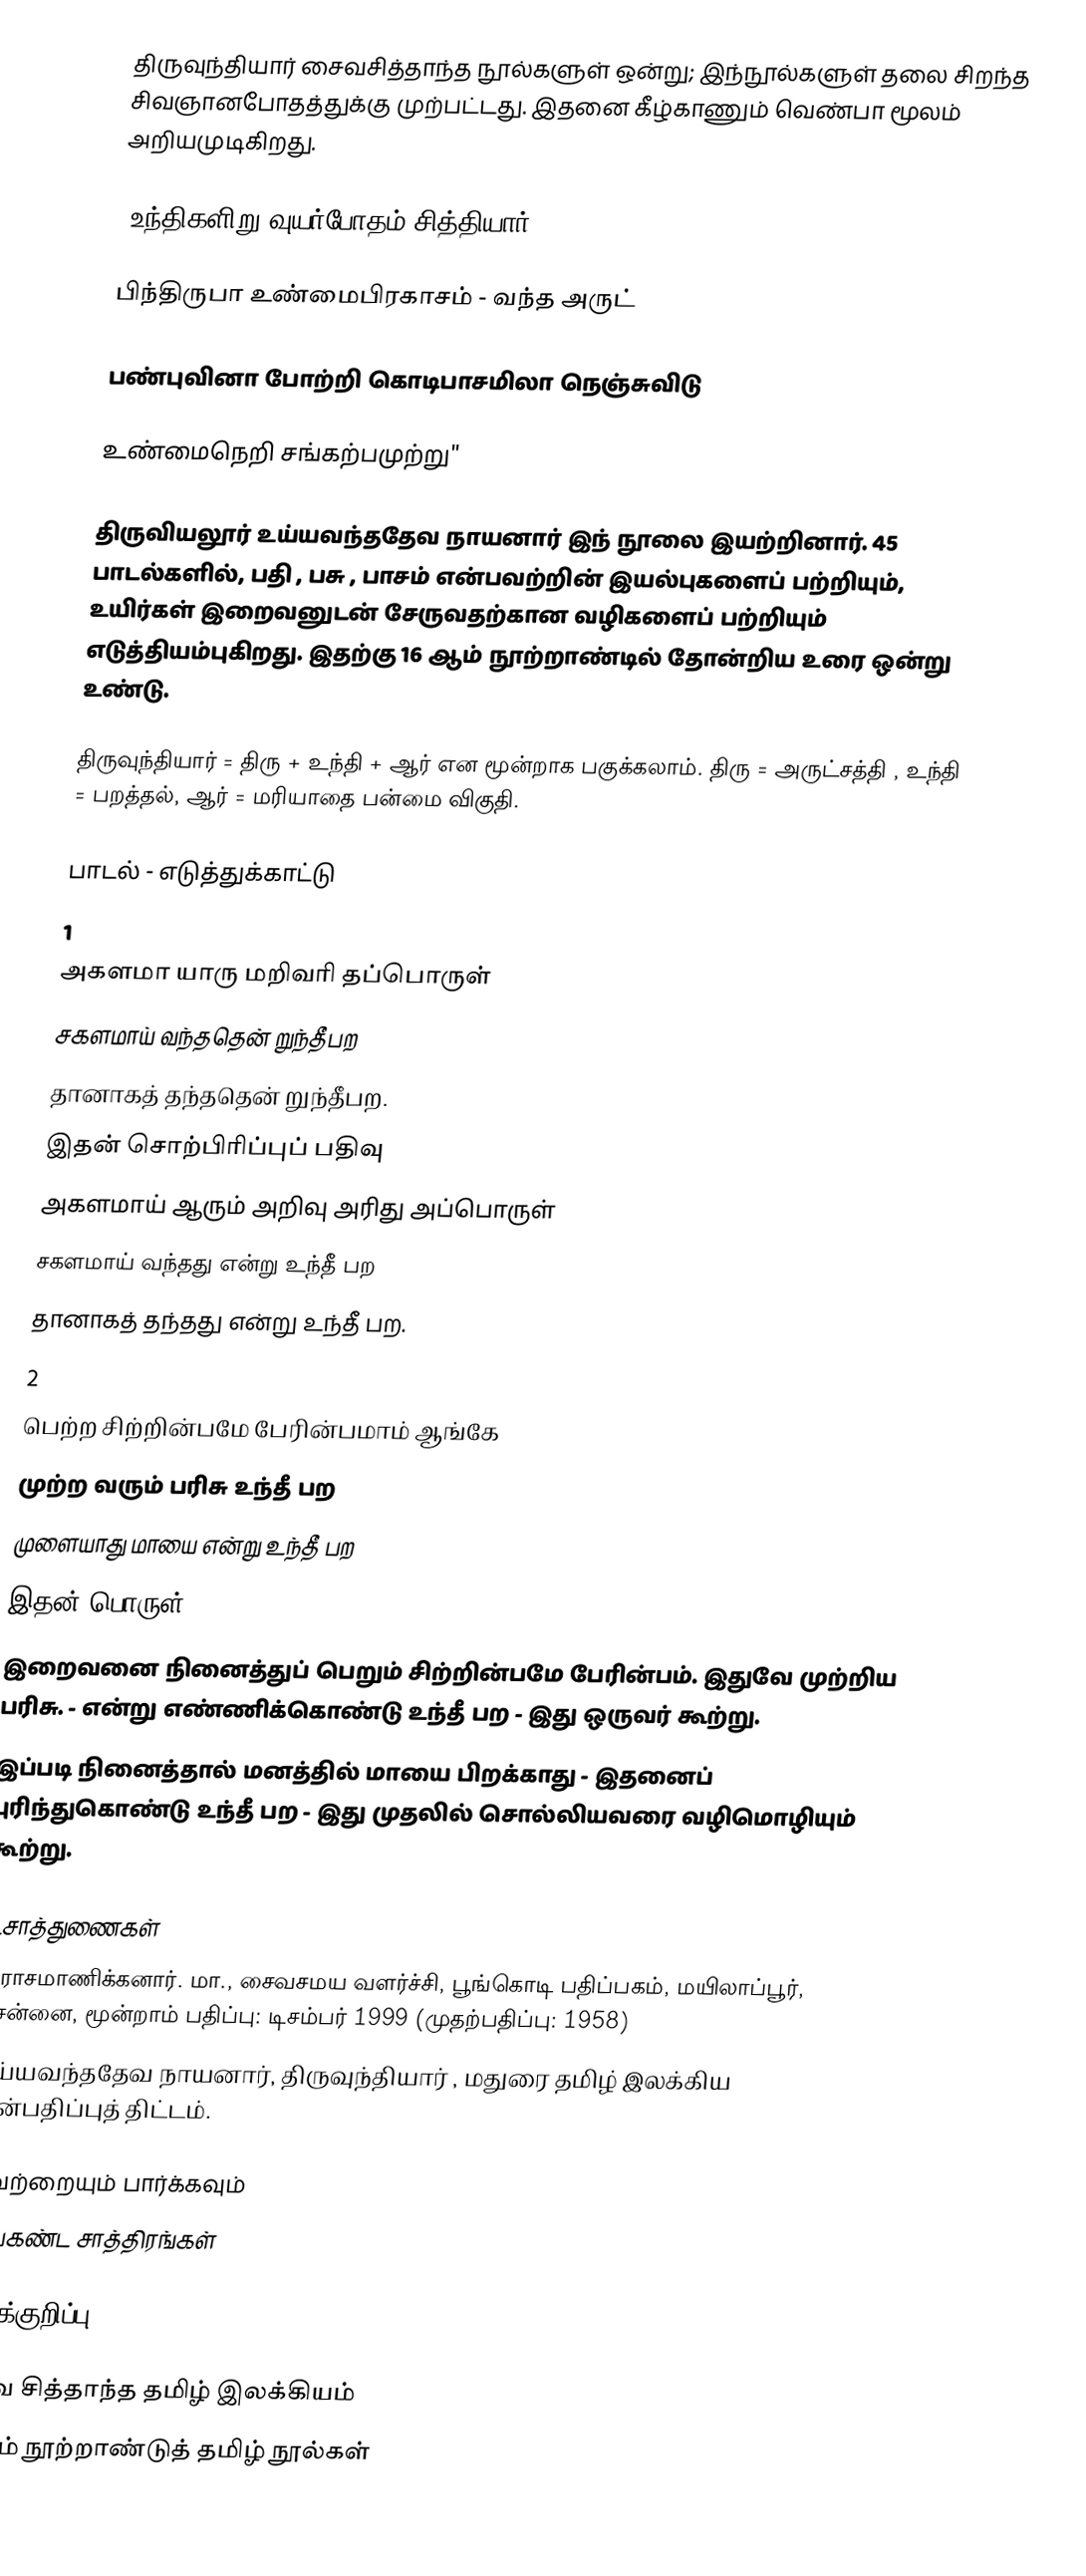
திருவுந்தியார் சைவசித்தாந்த நூல்களுள் ஒன்று; இந்நூல்களுள் தலை சிறந்த சிவஞானபோதத்துக்கு முற்பட்டது. இதனை கீழ்காணும் வெண்பா மூலம் அறியமுடிகிறது.

"உந்திகளிறு வுயர்போதம் சித்தியார்

பிந்திருபா உண்மைபிரகாசம் - வந்த  அருட்

பண்புவினா போற்றி கொடிபாசமிலா  நெஞ்சுவிடு

உண்மைநெறி சங்கற்பமுற்று"

திருவியலூர் உய்யவந்ததேவ நாயனார் இந் நூலை இயற்றினார். 45 பாடல்களில், பதி , பசு , பாசம்  என்பவற்றின் இயல்புகளைப் பற்றியும், உயிர்கள் இறைவனுடன் சேருவதற்கான வழிகளைப் பற்றியும் எடுத்தியம்புகிறது. இதற்கு 16 ஆம் நூற்றாண்டில் தோன்றிய உரை ஒன்று உண்டு.

திருவுந்தியார் = திரு + உந்தி + ஆர் என மூன்றாக பகுக்கலாம். திரு  = அருட்சத்தி , உந்தி = பறத்தல், ஆர் = மரியாதை பன்மை விகுதி.

பாடல் - எடுத்துக்காட்டு
1
அகளமா யாரு மறிவரி தப்பொருள்
சகளமாய் வந்ததென் றுந்தீபற
தானாகத் தந்ததென் றுந்தீபற.
இதன் சொற்பிரிப்புப் பதிவு
அகளமாய்  ஆரும் அறிவு அரிது அப்பொருள்
சகளமாய்  வந்தது என்று உந்தீ பற
தானாகத் தந்தது என்று உந்தீ பற.
2
பெற்ற சிற்றின்பமே பேரின்பமாம் ஆங்கே
முற்ற வரும் பரிசு உந்தீ பற
முளையாது மாயை என்று உந்தீ பற
இதன் பொருள்
இறைவனை நினைத்துப் பெறும் சிற்றின்பமே பேரின்பம். இதுவே முற்றிய பரிசு. - என்று எண்ணிக்கொண்டு உந்தீ பற - இது ஒருவர் கூற்று.
இப்படி நினைத்தால் மனத்தில் மாயை பிறக்காது - இதனைப் புரிந்துகொண்டு உந்தீ பற - இது முதலில் சொல்லியவரை வழிமொழியும் கூற்று.

உசாத்துணைகள்
 இராசமாணிக்கனார். மா., சைவசமய வளர்ச்சி, பூங்கொடி பதிப்பகம், மயிலாப்பூர், சென்னை, மூன்றாம் பதிப்பு: டிசம்பர் 1999 (முதற்பதிப்பு: 1958)
 உய்யவந்ததேவ நாயனார், திருவுந்தியார் , மதுரை தமிழ் இலக்கிய மின்பதிப்புத் திட்டம்.

இவற்றையும் பார்க்கவும்
 மெய்கண்ட சாத்திரங்கள்

அடிக்குறிப்பு

சைவ சித்தாந்த தமிழ் இலக்கியம்
12 ஆம் நூற்றாண்டுத் தமிழ் நூல்கள்